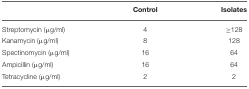
<table><thead><tr><td></td><td><b>Control</b></td><td><b>Isolates</b></td></tr></thead><tbody><tr><td>Streptomycin (μg/ml)</td><td>4</td><td>≥128</td></tr><tr><td>Kanamycin (μg/ml)</td><td>8</td><td>128</td></tr><tr><td>Spectinomycin (μg/ml)</td><td>16</td><td>64</td></tr><tr><td>Ampicillin (μg/ml)</td><td>16</td><td>64</td></tr><tr><td>Tetracycline (μg/ml)</td><td>2</td><td>2</td></tr></tbody></table>